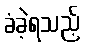
ခံခဲ့ရသည့်